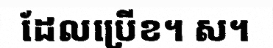
ដែលប្រើខ។ ស។